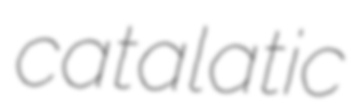
catalatic